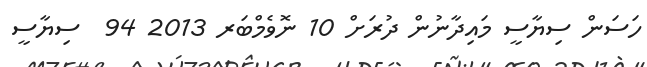
ހަސަން ސިޔާސީ މައިދާނުން ދުރަށް 10 ނޮވެމްބަރ 2013 94  ސިޔާސީ